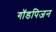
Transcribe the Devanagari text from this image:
गॉडपिजन